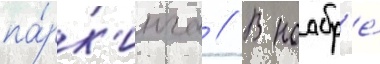
па́рк'инга // В ноабр'е́